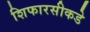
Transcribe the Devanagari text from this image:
शिफारसीकडे